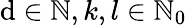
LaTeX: \mathrm{d}\in\mathbb{{N}},k,l\in\mathbb{{N}}_{0}